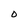
Character: O